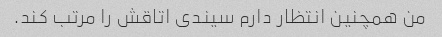
من همچنین انتظار دارم سیندی اتاقش را مرتب کند.